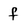
Character: f